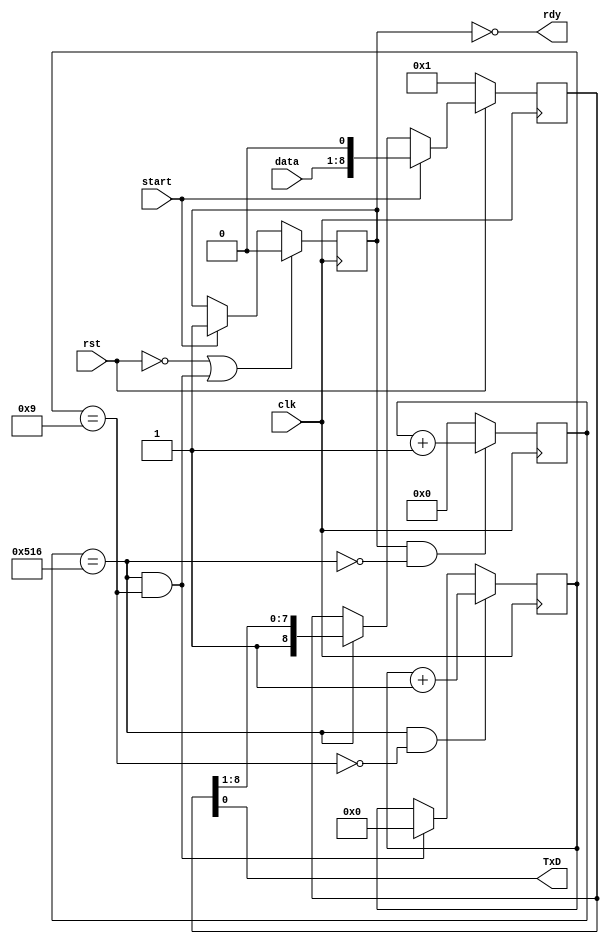
`timescale 1ns / 1ps  // NW 4.5.09 / 15.8.10 / 15.11.10

// RS232 receiver for 19200 bps, 8 bit data
// clock is 25 MHz; 25000 / 1302 = 19.2 KHz
// clock is 35 MHz; 35000 / 1823 = 19.2 KHz

module RS232T(
    input clk, rst,
    input start, // request to accept and send a byte
    input [7:0] data,
    output rdy,
    output TxD);

wire endtick, endbit;
reg run;
reg [11:0] tick;
reg [3:0] bitcnt;
reg [8:0] shreg;

assign endtick = tick == 1302;
assign endbit = bitcnt == 9;
assign rdy = ~run;
assign TxD = shreg[0];

always @ (posedge clk) begin
  run <= (~rst | endtick & endbit) ? 0 : start ? 1 : run;
  tick <= (run & ~endtick) ? tick + 1 : 0;
  bitcnt <= (endtick & ~endbit) ? bitcnt + 1 :
    (endtick & endbit) ? 0 : bitcnt;
  shreg <= (~rst) ? 1 : start ? {data, 1'b0} :
    endtick ? {1'b1, shreg[8:1]} : shreg;
end
endmodule